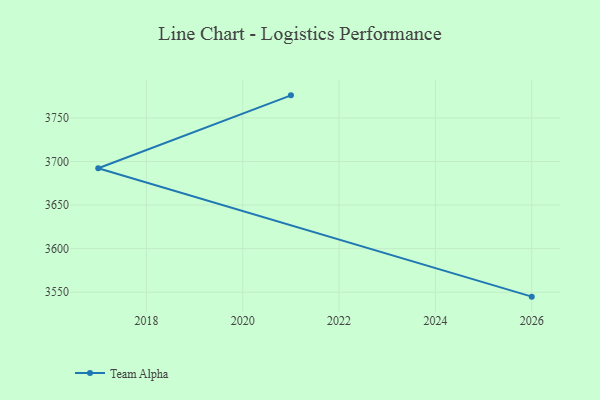
{"axis": {"x": "Year", "y": "Conversion Rate (%)"}, "legend": ["Team Alpha"], "data": [{"x": "2026", "y": 3544.9, "type": "Team Alpha"}, {"x": "2017", "y": 3692.3, "type": "Team Alpha"}, {"x": "2021", "y": 3775.9, "type": "Team Alpha"}]}